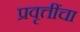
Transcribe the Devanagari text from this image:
प्रवृत्तींचा